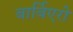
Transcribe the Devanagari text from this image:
बार्बिएरो